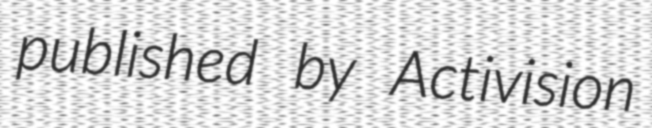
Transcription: published by Activision